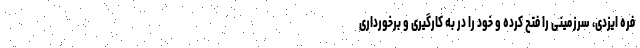
فره ایزدی، سرزمینی را فتح کرده و خود را در به کارگیری و برخورداری